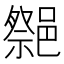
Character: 𨝠